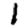
Digit: 1